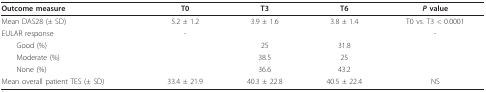
<table><thead><tr><td><b>Outcome measure</b></td><td><b>T0</b></td><td><b>T3</b></td><td><b>T6</b></td><td><b><i>P </i>value</b></td></tr></thead><tbody><tr><td>Mean DAS28 (± SD)</td><td>5.2 ± 1.2</td><td>3.9 ± 1.6</td><td>3.8 ± 1.4</td><td>T0 vs. T3 &lt; 0.0001</td></tr><tr><td>EULAR response</td><td>-</td><td></td><td></td><td>-</td></tr><tr><td> Good (%)</td><td></td><td>25</td><td>31.8</td><td></td></tr><tr><td> Moderate (%)</td><td></td><td>38.5</td><td>25</td><td></td></tr><tr><td> None (%)</td><td></td><td>36.6</td><td>43.2</td><td></td></tr><tr><td>Mean overall patient TES (± SD)</td><td>33.4 ± 21.9</td><td>40.3 ± 22.8</td><td>40.5 ± 22.4</td><td>NS</td></tr></tbody></table>